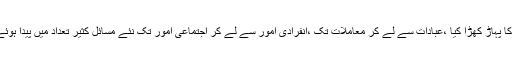
اس کے ساتھ رفتار زمانہ کی تیزی اور نت نئی تبدیلیوں کے سیلا ب نے نوازل و حوادث کا پہاڑ کھڑا کیا ،عبادات سے لے کر معاملات تک ،انفرادی امور سے لے کر اجتماعی امور تک نئے مسائل کثیر تعداد میں پیدا ہوئے ہیں ،جن کاحل نکالنا فقہ اسلامی کی روشنی میں وقت کی سب بڑی ضرورت بن گیا ہے۔